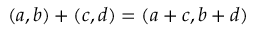
( a , b ) + ( c , d ) = ( a + c , b + d )